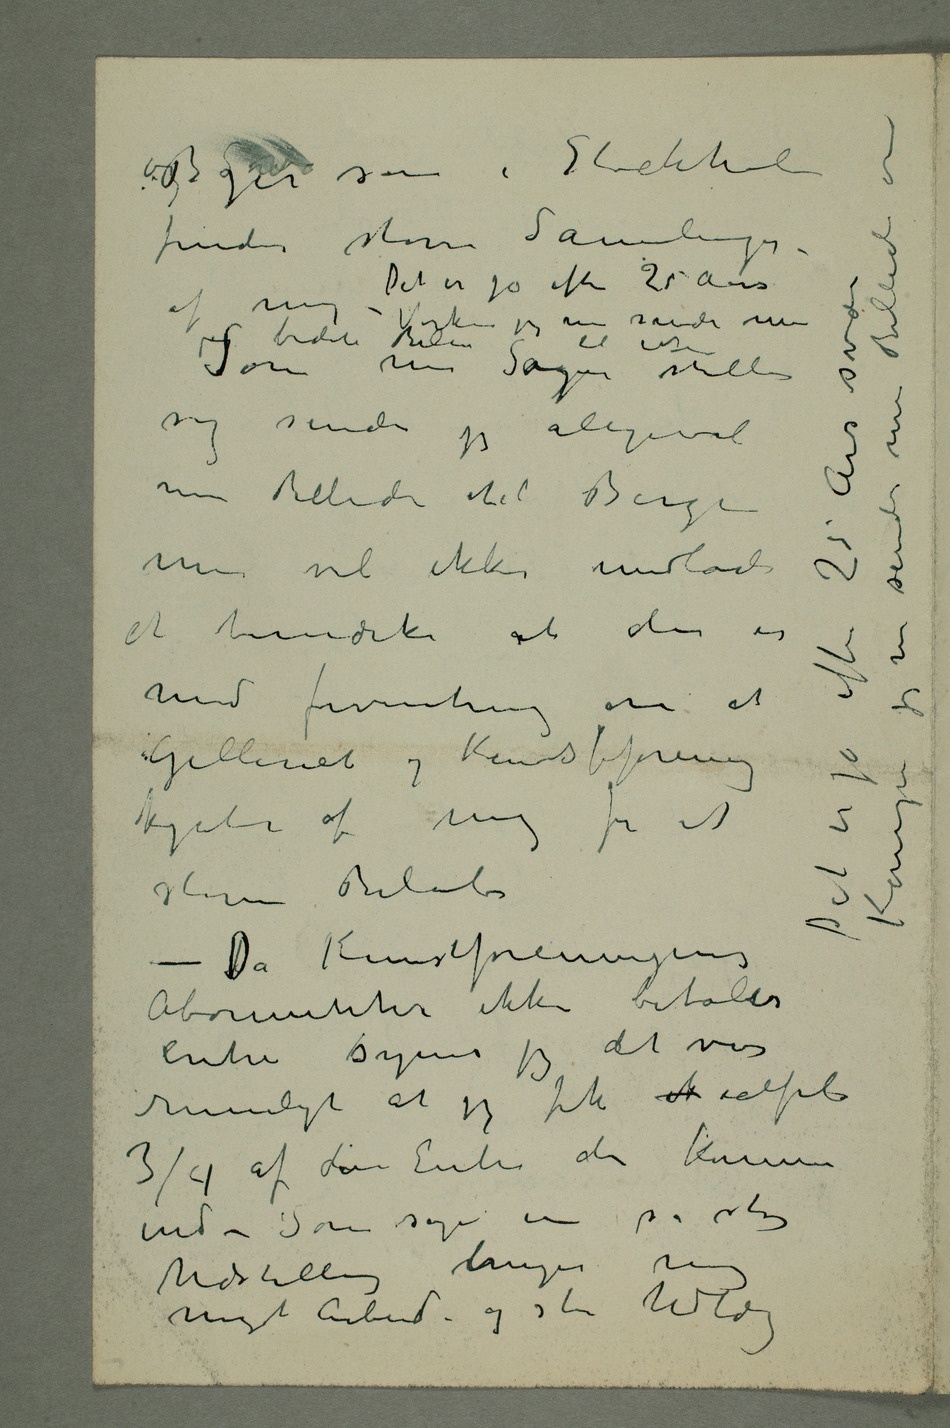
findes store Samlinger
større Beløb
Abonnenter ikke
entre synes jeg det var
rimeligt at jeg fik  ialfal
¾ af den Entre der kommer
ind – Som sagt en så stor
Udstilling bringer